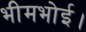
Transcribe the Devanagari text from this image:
भीमभोई।